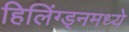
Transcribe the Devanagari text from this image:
हिलिंग्ड्नमध्ये